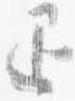
退